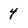
Character: 4